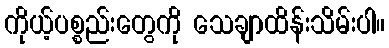
ကိုယ့်ပစ္စည်းတွေကို သေချာထိန်းသိမ်းပါ။